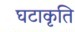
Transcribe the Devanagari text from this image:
घटाकृति